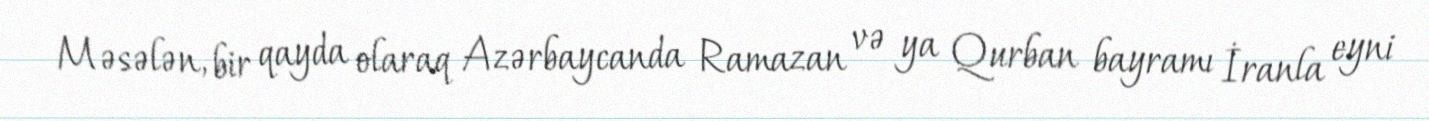
Məsələn, bir qayda olaraq Azərbaycanda Ramazan və ya Qurban bayramı İranla eyni